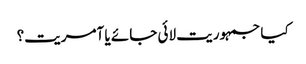
کیا جمہوریت لائی جائے یا آمریت؟